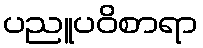
ပညူပဝိစာရာ